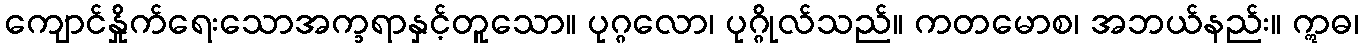
ကျောင်နှိုက်ရေးသောအက္ခရာနှင့်တူသော။ ပုဂ္ဂလော၊ ပုဂ္ဂိုလ်သည်။ ကတမောစ၊ အဘယ်နည်း။ ဣဓ၊